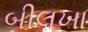
બીલખા